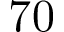
7 0